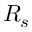
R _ { s }